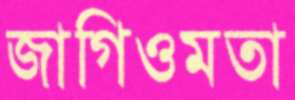
জাগিওমতা